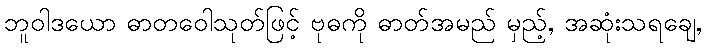
ဘူဝါဒယော ဓာတဝေါသုတ်ဖြင့် ဗုဓကို ဓာတ်အမည် မှည့်, အဆုံးသရချေ,